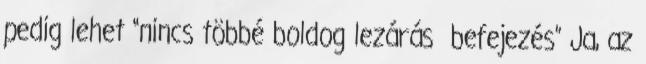
pedig lehet “nincs többé boldog lezárás befejezés” Ja, az